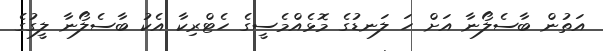
އަތުން ބާސެލޯނާ އަށް ހަ ލަނޑުގެ މޮޅެއްމެސީގެ ހެޓްރިކާ އެކު ބާސެލޯނާ ލީގުގެ